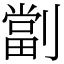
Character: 劏